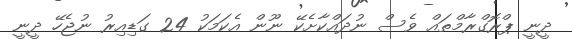
ދީނީ ޕްރޮގްރާމްތައް ވެސް ނުދައްކާށެކޭ ނޫން އެކަމަކު 24 ގަޑިއިރު ނުޖެހޭ ދީނީ